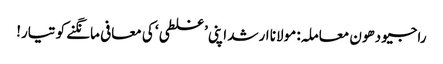
راجیو دھون معاملہ: مولانا ارشد اپنی ’غلطی‘ کی معافی مانگنے کو تیار!